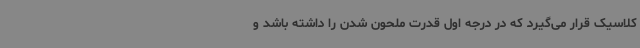
کلاسیک قرار می‌گیرد که در درجه اول قدرت ملحون شدن را داشته باشد و